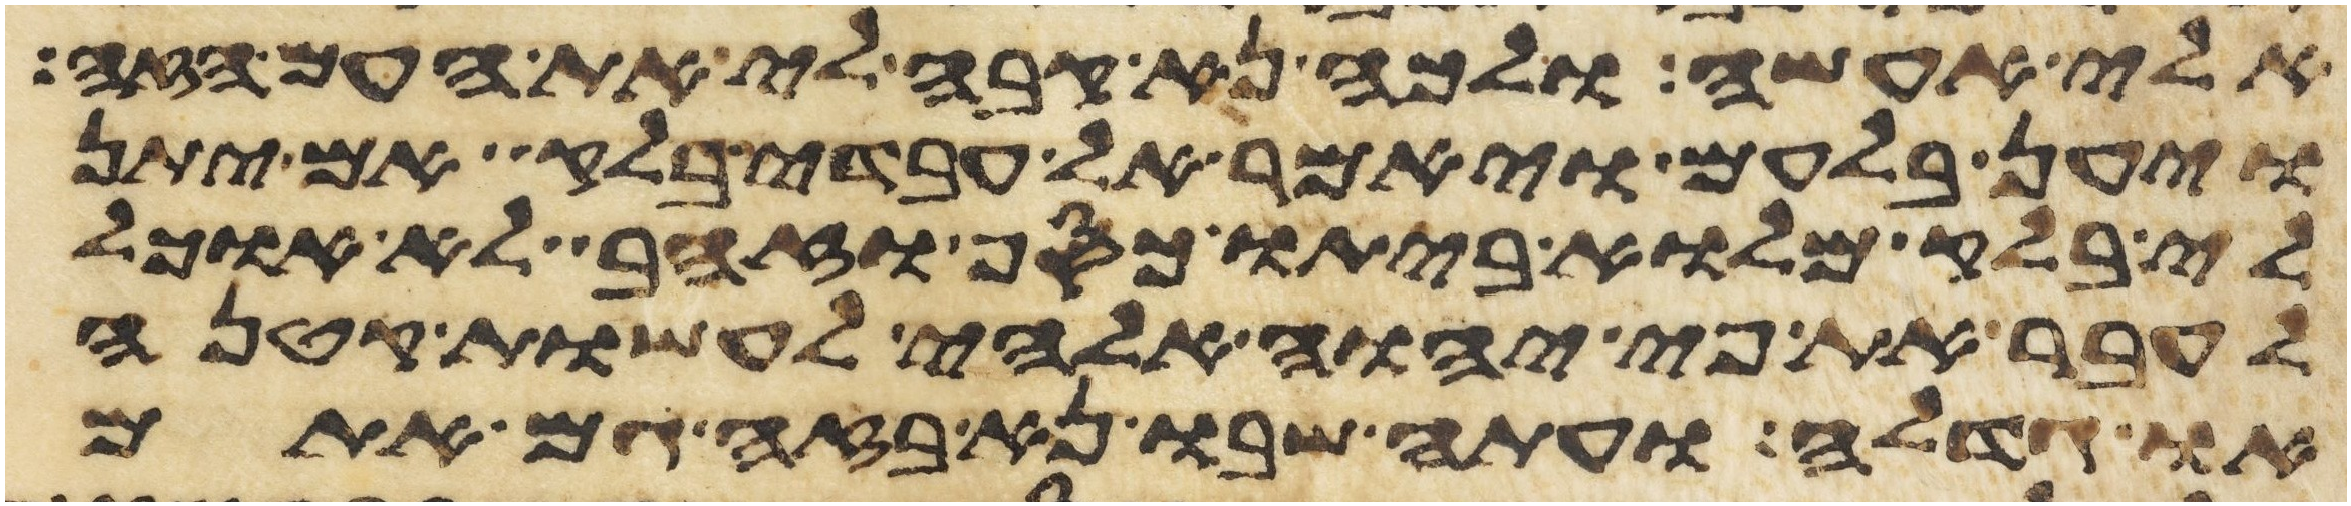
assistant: אלי אעשה ולכה נא קבה לי את העם הזה
ויען בלעם ויאמר אל עבדי בלק אם יתן
לי בלק מלוא ביתו כסף או זהב לא אוכל
אעבר את פי יהוה אלהי לעשות קטנה
או גדלה ועתה שבו נא בזה גם אתם